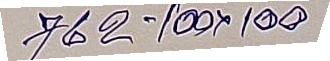
762 - 100 x 100